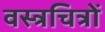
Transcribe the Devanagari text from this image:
वस्त्रचित्रों